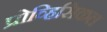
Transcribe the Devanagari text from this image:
प्रोव्हिसिकल